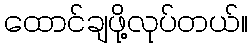
ထောင်ချဖို့လုပ်တယ်။